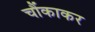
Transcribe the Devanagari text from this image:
चौंकाकर